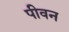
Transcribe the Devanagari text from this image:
पीवन